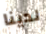
لدينا